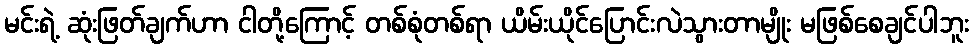
မင်းရဲ့ ဆုံးဖြတ်ချက်ဟာ ငါတို့ကြောင့် တစ်စုံတစ်ရာ ယိမ်းယိုင်ပြောင်းလဲသွားတာမျိုး မဖြစ်စေချင်ပါဘူး